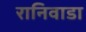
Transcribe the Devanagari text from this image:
रानिवाडा